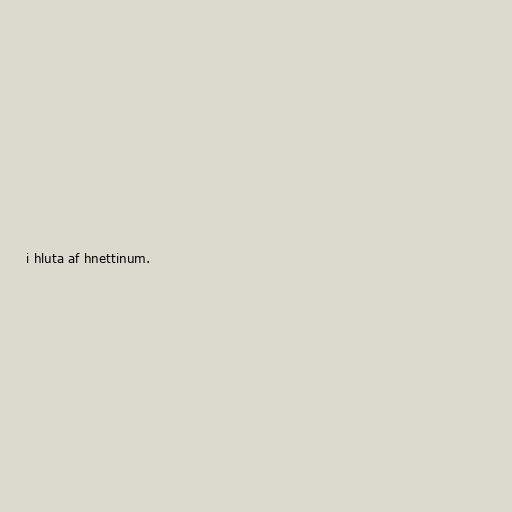
i hluta af hnettinum.